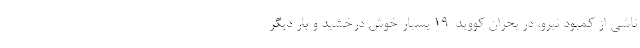
ناشی از کمبود نیرو، در بحران کووید-۱۹ بسیار خوش درخشید و بار دیگر